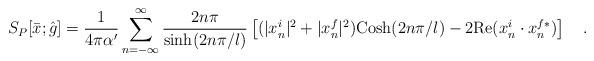
LaTeX: \begin{align*}S_P[{\bar x};{\hat g}] = {{1}\over{4\pi\alpha^{\prime}}} \sum_{n=-\infty}^{\infty} {{2n\pi}\over{{\rm sinh} (2n\pi/l)}}\left [ (|x_n^i|^2 + |x_n^f|^2){\rm Cosh}(2n\pi/l) -2 {\rm Re} (x_n^i \cdot x_n^{f*}) \right ] \quad .\end{align*}